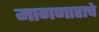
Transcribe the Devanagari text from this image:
मागणाराचे